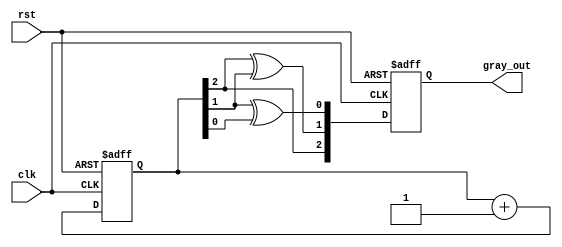
module gray_code_counter (
    input wire clk,      // Clock signal
    input wire rst,      // Reset signal
    output reg [2:0] gray_out // 3-bit Gray code output (adjust size as needed)
);

    // Internal binary counter to hold the current count
    reg [2:0] bin_count; // 3-bit binary counter (adjust size as needed)

    // Convert binary to Gray code
    function [2:0] bin_to_gray(input [2:0] binary);
        begin
            bin_to_gray[2] = binary[2];
            bin_to_gray[1] = binary[2] ^ binary[1];
            bin_to_gray[0] = binary[1] ^ binary[0];
        end
    endfunction

    always @(posedge clk or posedge rst) begin
        if (rst) begin
            // Reset the binary counter and the Gray code output to zero
            bin_count <= 3'b000; // Adjust size as needed
            gray_out <= 3'b000;  // Adjust size as needed
        end else begin
            // Increment the binary counter
            bin_count <= bin_count + 1;

            // Convert binary count to Gray code
            gray_out <= bin_to_gray(bin_count);
        end
    end

endmodule